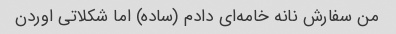
من سفارش نانه خامه‌ای دادم (ساده) اما شکلاتی اوردن